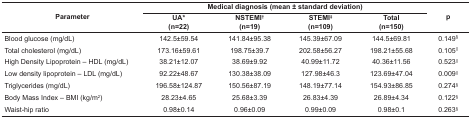
| <ROWSPAN=2> Parameter | <COLSPAN=4> Medical diagnosis (mean ± standarddeviation) | <ROWSPAN=2> p |
 | UA* (n=22) | NSTEMI† (n=19) | STEMI‡ (n=109) | Total (n=150) |
 | --- | --- | --- | --- | --- | --- |
 | Blood glucose (mg/dL) | 142.5±59.54 | 141.84±95.38 | 145.39±67.09 | 144.5±69.81 | 0.149§ |
 | Total cholesterol (mg/dL) | 173.16±59.61 | 198.75±39.7 | 202.58±56.27 | 198.21±55.68 | 0.105|| |
 | High Density Lipoprotein – HDL (mg/dL) | 38.21±12.07 | 38.69±9.92 | 40.99±11.72 | 40.36±11.56 | 0.523|| |
 | Low density lipoprotein – LDL (mg/dL) | 92.22±48.67 | 130.38±38.09 | 127.98±46.3 | 123.69±47.04 | 0.009|| |
 | Triglycerides (mg/dL) | 196.58±124.87 | 150.56±87.19 | 148.19±77.14 | 154.93±86.85 | 0.274§ |
 | Body Mass Index – BMI (kg/m2) | 28.23±4.65 | 25.68±3.39 | 26.83±4.39 | 26.89±4.34 | 0.122§ |
 | Waist-hip ratio | 0.98±0.14 | 0.96±0.09 | 0.99±0.09 | 0.98±0.1 | 0.263§ |